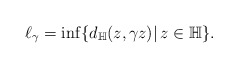
\begin{align*}\ell_{\gamma}=\inf\lbrace{d_{\mathbb{H}}(z,\gamma z)|\,z\in\mathbb{H}\rbrace}.\end{align*}